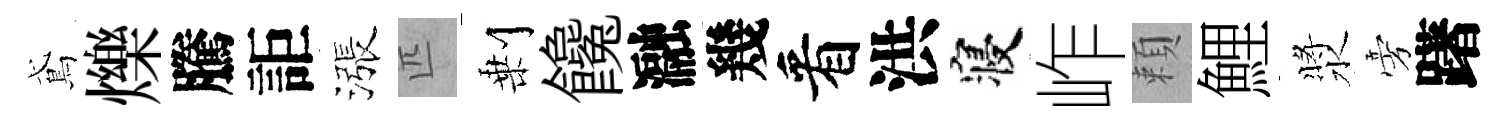
鳶爍騰詎漲匹剰饞瀜幾看洪寝岞頼鯉漿旁躇